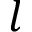
l